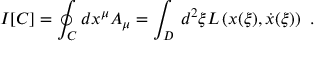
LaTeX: I [ C ] = \oint _ { C } d x ^ { \mu } A _ { \mu } = \int _ { D } \, d ^ { 2 } { \xi } L \left( x ( { \xi } ) , \dot { x } ( { \xi } ) \right) \ .